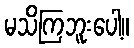
မသိကြဘူးပေါ့။